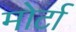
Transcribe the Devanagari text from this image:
मोर्टा